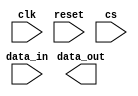
module spi_master (
    input wire clk,
    input wire reset,
    input wire cs,
    input wire data_in,
    output wire data_out
);

// SPI communication parameters
parameter CPOL = 0; // Clock Polarity
parameter CPHA = 0; // Clock Phase
parameter DATA_RATE = 1000000; // Data Transfer Rate

// State machine states
parameter IDLE = 2'b00;
parameter SELECT_SLAVE = 2'b01;
parameter SEND_DATA = 2'b10;
parameter RECEIVE_DATA = 2'b11;

reg [1:0] state;
reg [7:0] data_tx;
reg [7:0] data_rx;

always @(posedge clk or posedge reset)
begin
    if (reset)
        state <= IDLE;
    else
    begin
        case (state)
            IDLE: begin
                if (cs == 1'b0)
                    state <= SELECT_SLAVE;
            end
            SELECT_SLAVE: begin
                state <= SEND_DATA;
            end
            SEND_DATA: begin
                state <= RECEIVE_DATA;
            end
            RECEIVE_DATA: begin
                state <= IDLE;
            end
        endcase
    end
end

always @*
begin
    case (state)
        IDLE: begin
            // do nothing
        end
        SELECT_SLAVE: begin
            // select slave device
        end
        SEND_DATA: begin
            // send data
        end
        RECEIVE_DATA: begin
            // receive data
        end
    endcase
end

endmodule